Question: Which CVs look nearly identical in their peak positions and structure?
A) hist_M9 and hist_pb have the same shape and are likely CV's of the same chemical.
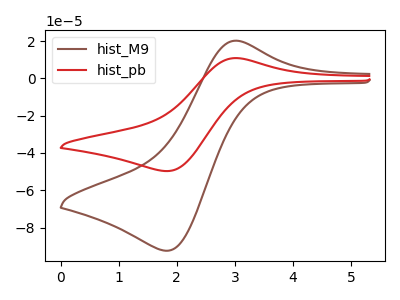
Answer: <think>The brown curve "hist_M9" has an anodic peak at (3.00V, 20.15uA) and a cathodic peak at (1.85V, -92.40uA). The red curve "hist_pb" has an anodic peak at (3.00V, 10.85uA) and a cathodic peak at (1.85V, -49.70uA).
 All the peaks in "hist_M9" have a peak in "hist_pb" at the same potential. Every peak in "hist_M9" is higher than every peak in "hist_pb".</think>
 <answer>A) "hist_M9" and "hist_pb" have the same shape and are likely CV's of the same chemical.</answer>
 <eval>A</eval>